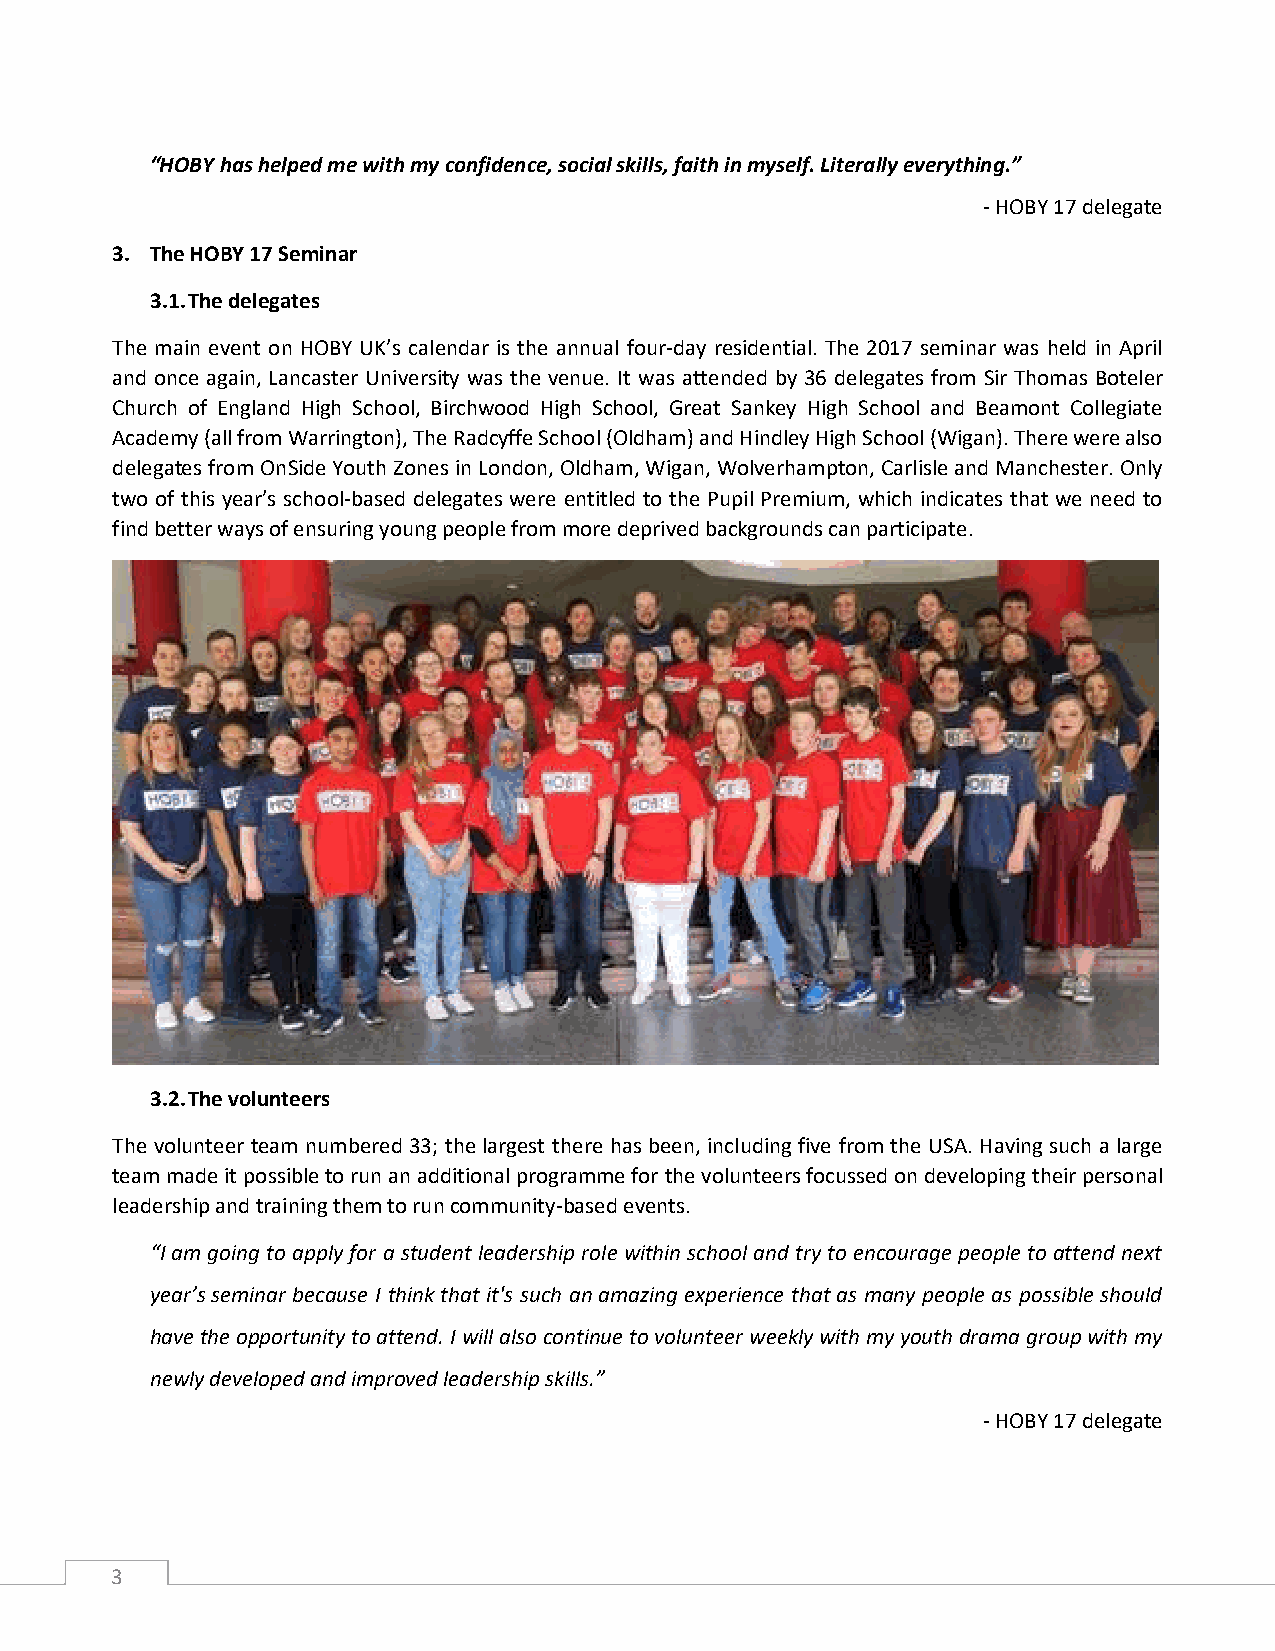
“HOBY has helped me with my confidence, social skills, faith in myself. Literally everything.”
 - HOBY 17 delegate
 3. The HOBY 17 Seminar
 3.1. The delegates
 The main event on HOBY UK’s calendar is the annual four-day residential. The 2017 seminar was held in April
 and once again, Lancaster University was the venue. It was attended by 36 delegates from Sir Thomas Boteler
 Church of England High School, Birchwood High School, Great Sankey High School and Beamont Collegiate
 Academy (all from Warrington), The Radcyffe School (Oldham) and Hindley High School (Wigan). There were also
 delegates from OnSide Youth Zones in London, Oldham, Wigan, Wolverhampton, Carlisle and Manchester. Only
 two of this year’s school-based delegates were entitled to the Pupil Premium, which indicates that we need to
 find better ways of ensuring young people from more deprived backgrounds can participate.
 3.2. The volunteers
 The volunteer team numbered 33; the largest there has been, including five from the USA. Having such a large
 team made it possible to run an additional programme for the volunteers focussed on developing their personal
 leadership and training them to run community-based events.
 “I am going to apply for a student leadership role within school and try to encourage people to attend next
 year’s seminar because I think that it's such an amazing experience that as many people as possible should
 have the opportunity to attend. I will also continue to volunteer weekly with my youth drama group with my
 newly developed and improved leadership skills.”
 - HOBY 17 delegate
 3